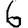
Digit: 6